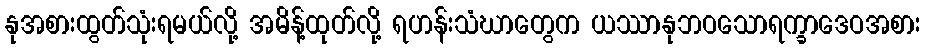
နုအစားထွတ်သုံးရမယ်လို့ အမိန့်ထုတ်လို့ ရဟန်းသံဃာတွေက ယဿာနုဘဝသောရက္ခာဒေဝအစား